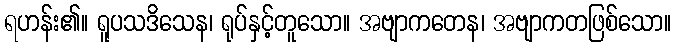
ရဟန်း၏။ ရူပသဒိသေန၊ ရုပ်နှင့်တူသော။ အဗျာကတေန၊ အဗျာကတဖြစ်သော။